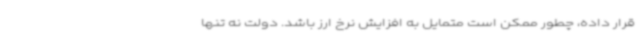
قرار داده، چطور ممکن است متمایل به افزایش نرخ ارز باشد. دولت نه تنها